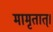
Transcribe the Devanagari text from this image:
मामृतात्‌।